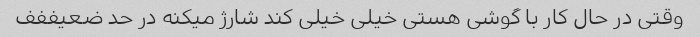
وقتی در حال کار با گوشی هستی خیلی خیلی کند شارژ میکنه در حد ضعیففف